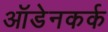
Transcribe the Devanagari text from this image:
ऑडेनकर्क